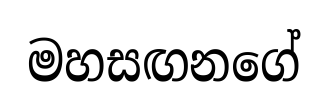
මහසඟනගේ